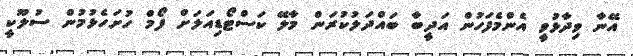
އޭނާ ވިދާޅުވީ އެންމެފަހުން އަދީބާ ބައްދަލުކުރަން މާލޭ ކަސްޓޯޑިއަލަށް ފޯމް ހުށަހެޅުމުން ސުލޫކީ